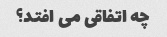
چه اتفاقی می افتد؟